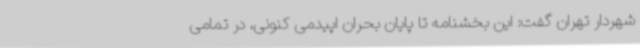
شهردار تهران گفت: این بخشنامه تا پایان بحران اپیدمی کنونی، در تمامی